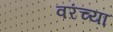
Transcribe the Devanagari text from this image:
वरंच्या